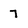
Character: 7